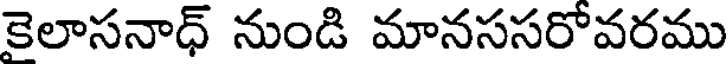
కెలాసనాధ్ నుండి మానససరోవరము